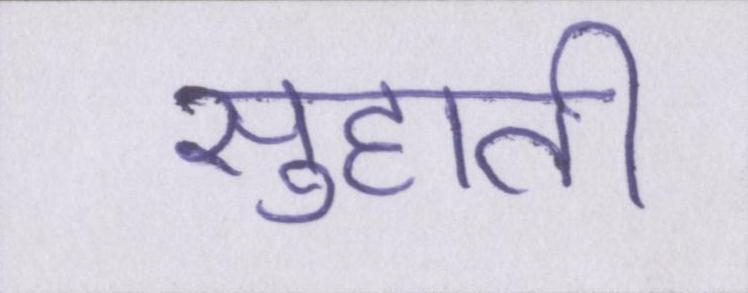
सुहाती